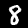
Label: 8